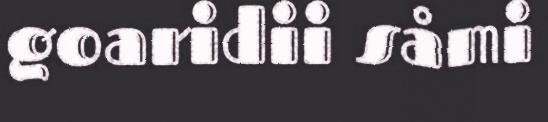
goaridii såmi